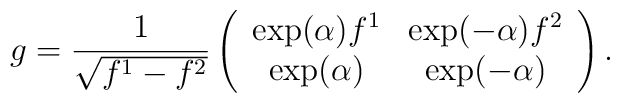
g = \frac{1}{\sqrt{f^{1}-f^{2}}}\left( \begin{array}{cc} \exp(\alpha)f^{1} & \exp(-\alpha)f^{2} \\        \exp(\alpha)& \exp(-\alpha)\end{array} \right).